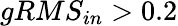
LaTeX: gRMS_{in}>0.2